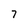
Character: 7